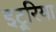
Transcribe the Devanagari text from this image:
इट्रूरिया